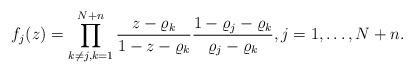
LaTeX: \begin{align*} f_{j}(z) &= \prod_{k \neq j, k = 1}^{N+n} \frac{z-\varrho_{k}}{1 - z - \varrho_{k}} \frac{1 - \varrho_{j} - \varrho_{k}}{\varrho_{j} - \varrho_{k}}, j = 1, \ldots, N+n. \end{align*}